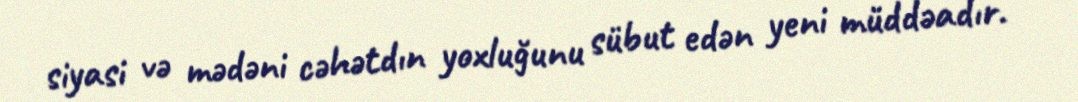
siyasi və mədəni cəhətdın yoxluğunu sübut edən yeni müddəadır.